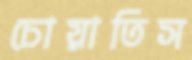
চোয়াতিস